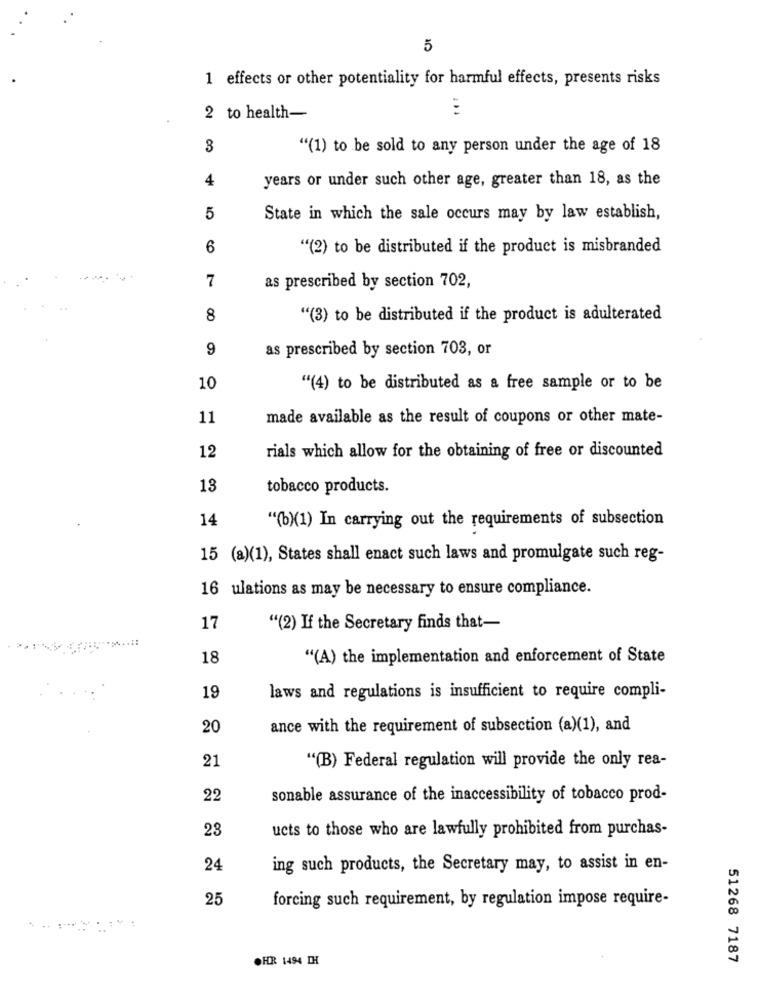
5
1 effects or other potentiality for harmful effects, presents risks
2 to health-
3
"(1) to be sold to any person under the age of 18
4
years or under such other age, greater than 18, as the
5
State in which the sale occurs may by law establish,
6
"(2) to be distributed if the product is misbranded
7
as prescribed by section 702,
8
"(3) to be distributed if the product is adulterated
9
as prescribed by section 703, or
10
"(4) to be distributed as a free sample or to be
11
made available as the result of coupons or other mate-
12
rials which allow for the obtaining of free or discounted
13
tobacco products.
14
"(b)(1) In carrying out the requirements of subsection
15 (a)(1), States shall enact such laws and promulgate such reg-
16 ulations as may be necessary to ensure compliance.
17
"(2) If the Secretary finds that-
...:
18
"(A) the implementation and enforcement of State
19
laws and regulations is insufficient to require compli-
20
ance with the requirement of subsection (a)(1), and
21
"(B) Federal regulation will provide the only rea-
22
sonable assurance of the inaccessibility of tobacco prod-
23
ucts to those who are lawfully prohibited from purchas-
24
ing such products, the Secretary may, to assist in en-
25
forcing such requirement, by regulation impose require-
.FR 1494 TH
51268 7187